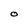
Character: O